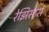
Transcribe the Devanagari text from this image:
रेझिस्टर्स